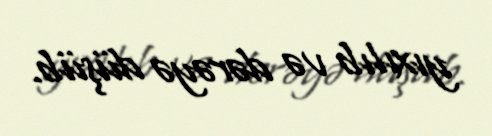
yıxılıb və dərəyə düşüb.